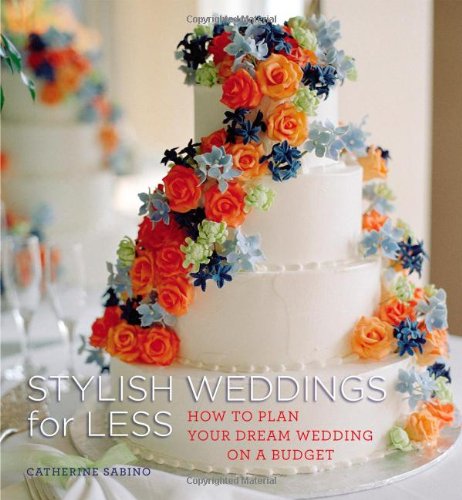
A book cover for Stylish Weddings for Less: How to Plan Your Dream Wedding on a Budget; Catherine Sabino; Crafts, Hobbies & Home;